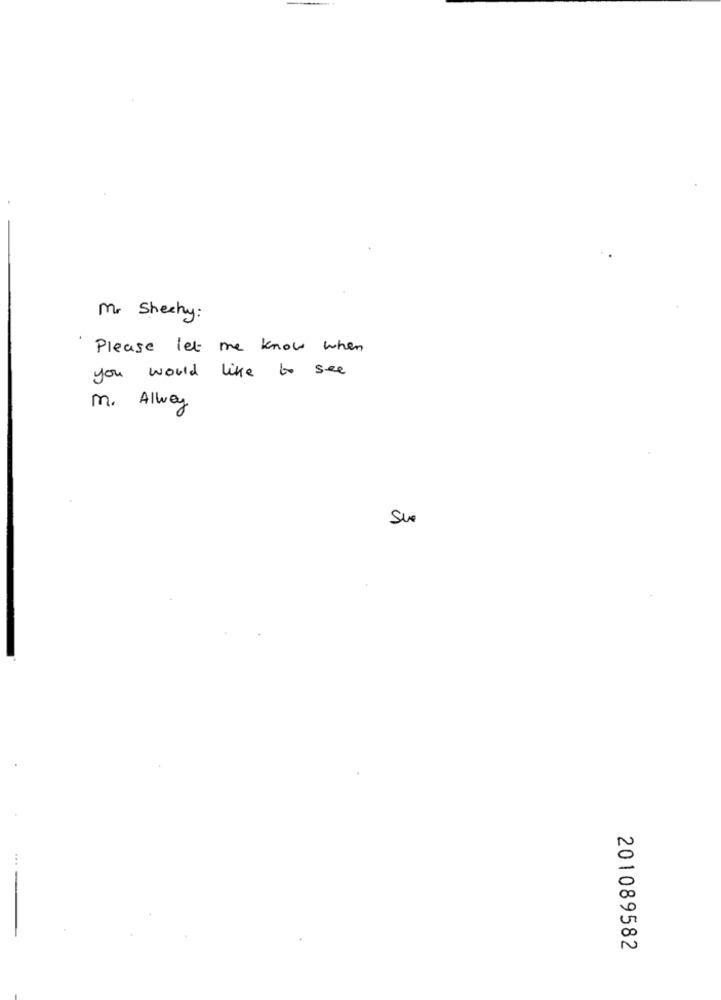
Mr. Sheehy:
Please let me know when
you would like to see
m. Alway
Sur
...
201089582